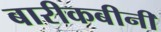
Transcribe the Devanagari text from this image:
बारीकबीनी